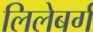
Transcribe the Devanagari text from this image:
लिलेबर्ग